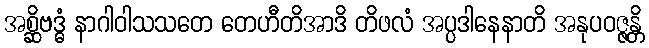
အစ္ဆိဗဒ္ဓံ နာဂါဝါသသတေ တေဟီတိအာဒိ တိဖလံ အပ္ပဒါနေနာတိ အနုပဝဇ္ဇန္တိ